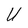
Character: U